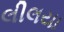
લીલયા